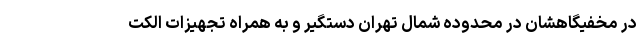
در مخفیگاهشان در محدوده شمال تهران دستگیر و به همراه تجهیزات الکت